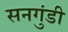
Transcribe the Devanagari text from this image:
सनगुंडी